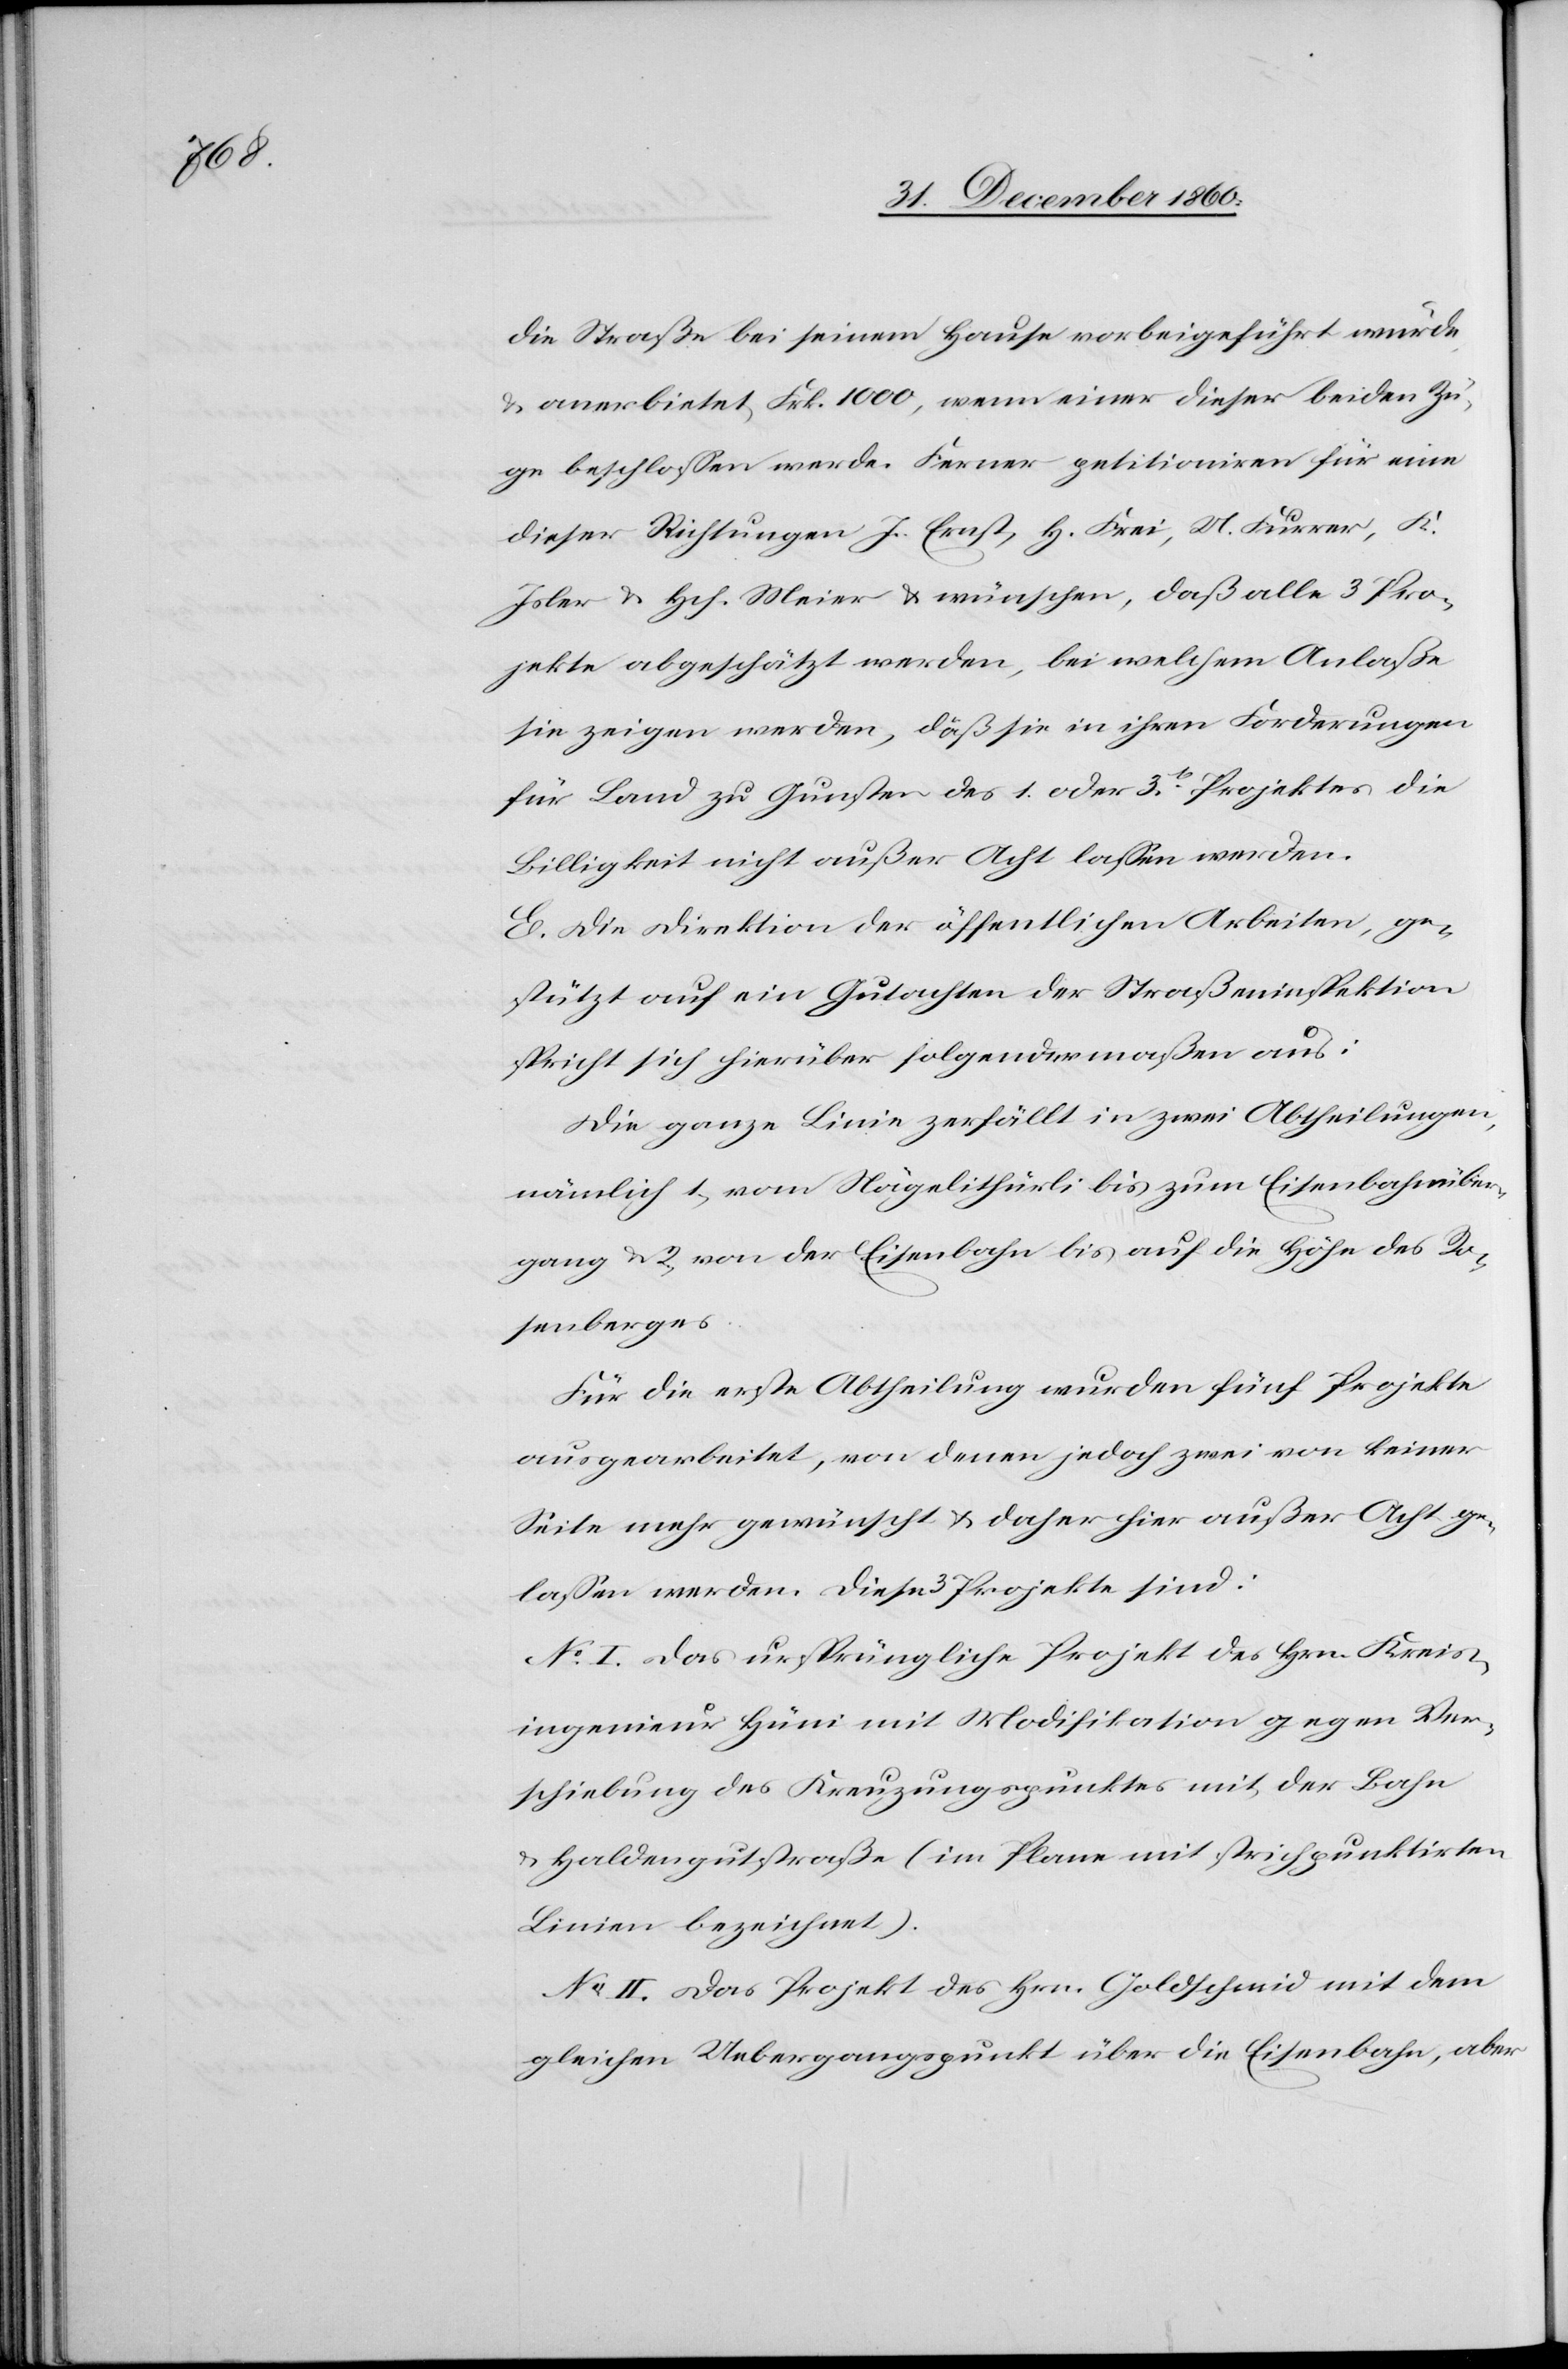
die Straße bei seinem Hause vorbeigeführt wurde,
u. anerbietet, Frk. 1000, wenn einer dieser beiden Zü¬
ge beschlossen werde. Ferner petitioniren für eine
dieser Richtungen J. Ernst, H. Frei, U. Furrer, K.
Isler u. Hch. Meier u. wünschen, daß alle 3 Pro¬
jekte abgeschätzt werden, bei welchem Anlaße
sie zeigen werden, daß sie in ihren Forderungen
für Land zu Gunsten des 1. oder 3[en] Projektes die
Billigkeit nicht außer Acht lassen werden.
E. Die Direktion der öffentlichen Arbeiten, ge¬
stützt auf ein Gutachten der Straßeninspektion,
spricht sich hierüber folgendermaßen aus:
Die ganze Linie zerfällt in zwei Abtheilungen,
nämlich 1) vom Nägelithürli bis zum Eisenbahnüber¬
gang u. 2) von der Eisenbahn bis auf die Höhe des Ro¬
senberges.
Für die erste Abtheilung wurden fünf Projekte
ausgearbeitet, von denen jedoch zwei von keiner
Seite mehr gewünscht u. daher hier außer Acht ge¬
lassen werden. Diese 3 Projekte sind:
No I. Das ursprüngliche Projekt des Hrn. Kreis¬
ingenieur Hüni mit Modifikation gegen Ver¬
schiebung des Kreuzungspunktes mit der Bahn
u. Haldengutstraße (im Plane mit strichpunktirten
Linien bezeichnet).
No II. Das Projekt des Hrn. Goldschmid mit dem
gleichen Uebergangspunkt über die Eisenbahn, aber